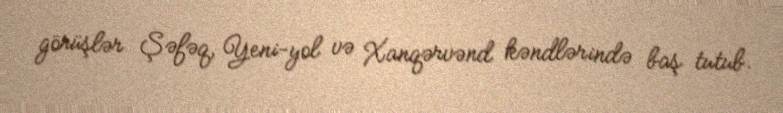
görüşlər Şəfəq, Yeni-yol və Xanqərvənd kəndlərində baş tutub.